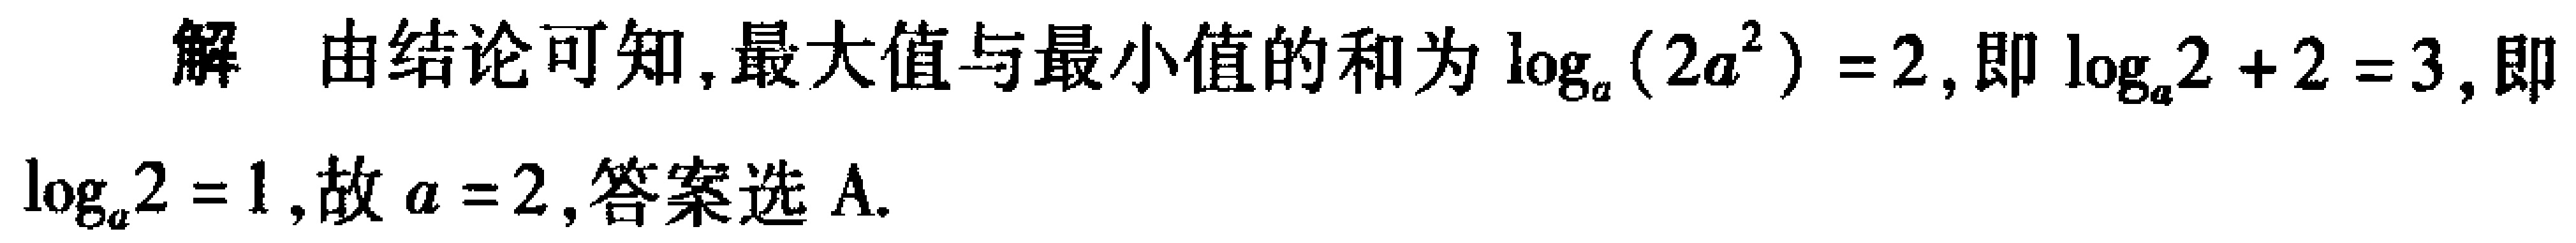
解 由结论可知,最大值与最小值的和为\(\log_{a}(2a^{2}) = 2\),即\(\log_{a}2 + 2 = 3\),即\(\log_{a}2 = 1\),故\(a = 2\),答案选A.